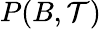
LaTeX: P(B,{\cal T})